Vaccination in Bombay 1874-1876 - 1874-1876
Year: 1874
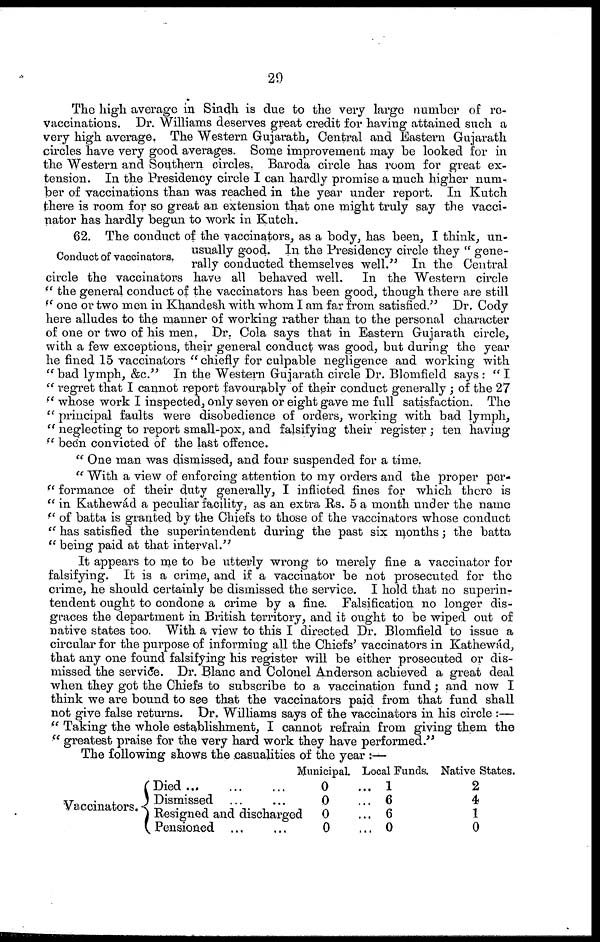
29
The high average in Sindh is due to the very large number of re¬
vaccinations. Dr. Williams deserves great credit for having attained such a
very high average. The Western Gujarath, Central and Eastern Gujarath
circles have very good averages. Some improvement may be looked for in
the Western and Southern circles. Baroda circle has room for great ex-
tension. In the Presidency circle I can hardly promise a much higher num¬
ber of vaccinations than was reached in the year under report. In Kutch
there is room for so great an extension that one might truly say the vacci-
nator has hardly begun to work in Kutch.
Conduct of vaccinators.
62. The conduct of the vaccinators, as a body, has been, I think, un-
usually good. In the Presidency circle they " gene-
rally conducted themselves well." In the Central
circle the vaccinators have all behaved well. In the Western circle
" the general conduct of the vaccinators has been good, though there are still
" one or two men in Khandesh with whom I am far from satisfied." Dr. Cody
here alludes to the manner of working rather than to the personal character
of one or two of his men. Dr. Cola says that in Eastern Gujarath circle,
with a few exceptions, their general conduct was good, but during the year
he fined 15 vaccinators " chiefly for culpable negligence and working with
" bad lymph, &c." In the Western Gujarath circle Dr. Blomfield says : " I
" regret that I cannot report favourably of their conduct generally ; of the 27
" whose work I inspected, only seven or eight gave me full satisfaction. The
" principal faults were disobedience of orders, working with bad lymph,
" neglecting to report small-pox, and falsifying their register ; ten having
" been convicted of the last offence.
" One man was dismissed, and four suspended for a time.
" With a view of enforcing attention to my orders and the proper per¬
" formance of their duty generally, I inflicted fines for which there is
" in Kathewád a peculiar facility, as an extra Rs. 5 a month under the name
" of batta is granted by the Chiefs to those of the vaccinators whose conduct
" has satisfied the superintendent during the past six months; the batta
" being paid at that interval."
It appears to me to be utterly wrong to merely fine a vaccinator for
falsifying. It is a crime, and if a vaccinator be not prosecuted for the
crime, he should certainly be dismissed the service. I hold that no superin¬
tendent ought to condone a crime by a fine. Falsification no longer dis-
graces the department in British territory, and it ought to be wiped out of
native states too. With a view to this I directed Dr. Blomfield to issue a
circular for the purpose of informing all the Chiefs' vaccinators in Kathewád,
that any one found falsifying his register will be either prosecuted or dis-
missed the service. Dr. Blanc and Colonel Anderson achieved a great deal
when they got the Chiefs to subscribe to a vaccination fund; and now I
think we are bound to see that the vaccinators paid from that fund shall
not give false returns. Dr. Williams says of the vaccinators in his circle :—
" Taking the whole establishment, I cannot refrain from giving them the
" greatest praise for the very hard work they have performed."
The following shows the casualities of the year :—
Vaccinators.
Died... ... ...
Dismissed ... ...
Resigned and discharged
Pensioned ... ...
Municipal.
0
0
0
0
Local Funds.
... 1
... 6
... 6
...0
Native States.
2
4
1
0